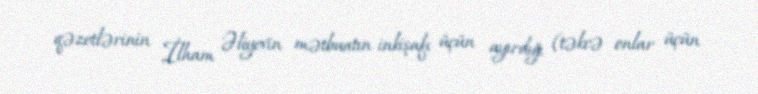
qəzetlərinin İlham Əliyevin mətbuatın inkişafı üçün ayırdığı (təkcə onlar üçün